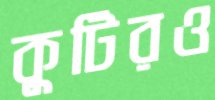
কুটিরও